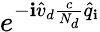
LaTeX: e^{-\mathbf{i}\hat{{v}}_{d}\frac{{c}}{{N_{d}}}\hat{{q}}_{\mathbf{i}}}